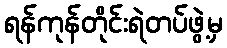
ရန်ကုန်တိုင်းရဲတပ်ဖွဲ့မှ